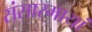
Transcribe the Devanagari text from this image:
संसारमायां